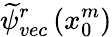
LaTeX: \widetilde{\psi}_{vec}^{r}\left(x_{0}^{m}\right)